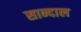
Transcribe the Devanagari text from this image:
सान्दाल